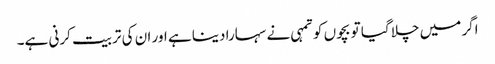
اگر میں چلا گیا تو بچوں کو تمہی نے سہارا دینا ہے اور ان کی تربیت کرنی ہے۔